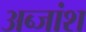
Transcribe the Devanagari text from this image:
अब्जांश